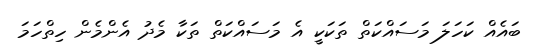
ބައެއް ކަހަލަ މަސައްކަތް ތަކަކީ އެ މަސައްކަތް ތަކާ މެދު އެންމެން ހިތްހަމަ